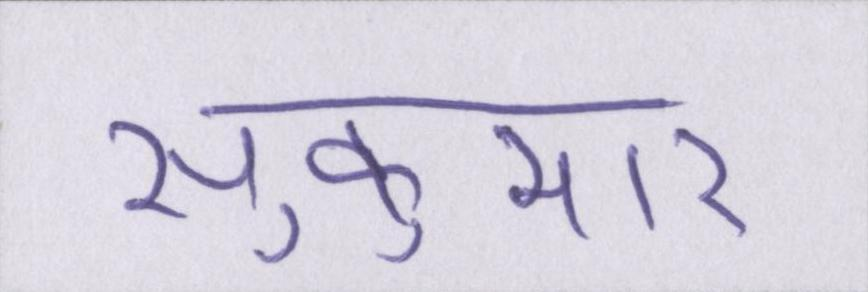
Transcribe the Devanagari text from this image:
सुकुमार